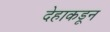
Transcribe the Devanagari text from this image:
देहाकडून